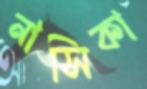
নাসিকা